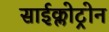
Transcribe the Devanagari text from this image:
साईक्लोट्रोन